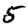
Digit: 5